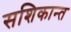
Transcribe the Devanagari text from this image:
सशिकान्त